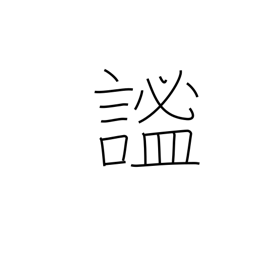
Meaning: quiet